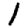
Digit: 1